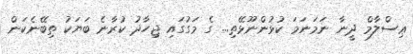
ޢިސްލާމް ދީނާ ނަމަނަމަ ކުޅުންނޫޅޭތި... ގެ މަގުގައި ޖިހާދު ކުރާނެ ބަޔަކު ތިބޭނެކަން